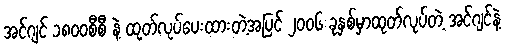
အင်ဂျင် ၁၈၀၀စီစီ နဲ့ ထုတ်လုပ်ပေးထားတဲ့အပြင် ၂၀၀၆ ခုနှစ်မှာထုတ်လုပ်တဲ့ အင်ဂျင်နဲ့